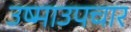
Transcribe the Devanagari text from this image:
उष्माउपचार